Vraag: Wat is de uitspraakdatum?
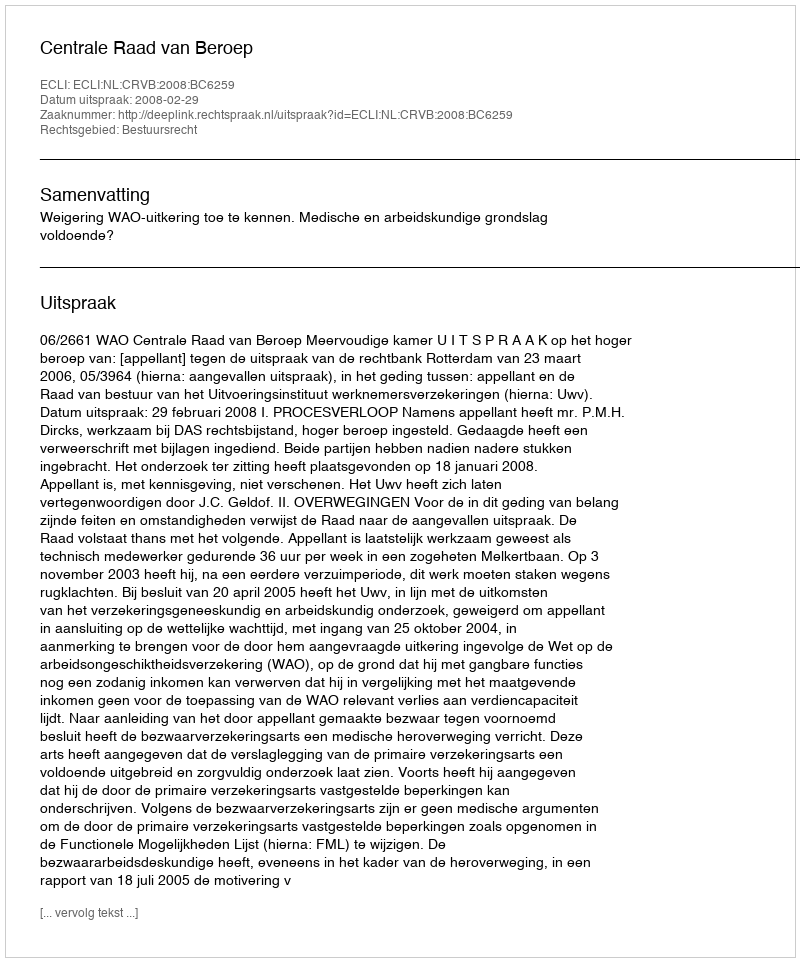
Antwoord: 2008-02-29